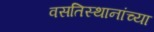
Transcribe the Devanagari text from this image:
वसतिस्थानांच्या